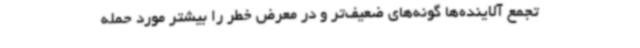
تجمع آلاینده‌ها گونه‌های ضعیف‌تر و در معرض خطر را بیشتر مورد حمله